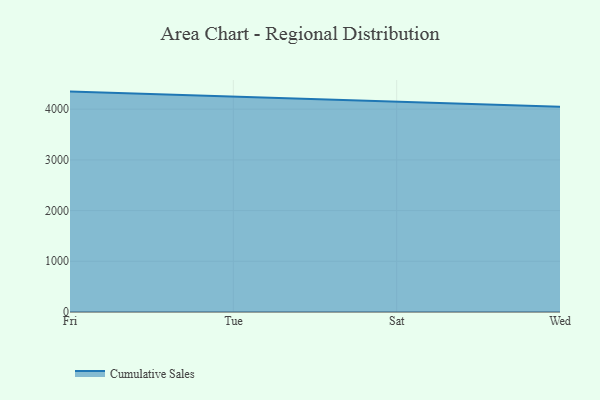
{"axis": {"x": "Day", "y": "Net Income (USD K)"}, "legend": ["Cumulative Sales"], "data": [{"x": "Fri", "y": 4346.6, "type": "Cumulative Sales"}, {"x": "Tue", "y": 4246.4, "type": "Cumulative Sales"}, {"x": "Sat", "y": 4151.9, "type": "Cumulative Sales"}, {"x": "Wed", "y": 4049.8, "type": "Cumulative Sales"}]}